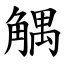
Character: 䚤